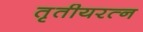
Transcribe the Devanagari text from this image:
तृतीयरत्‍न